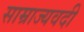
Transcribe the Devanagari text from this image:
साम्राज्यवदी